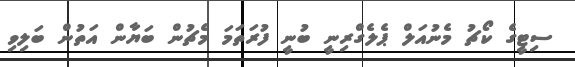
ސިޓީގެ ކޯޗު މެނުއަލް ޕެލެގްރިނީ ބުނީ ފުރަތަމަ މެޗުން ބަޔާން އަތުން ބަލިވި